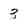
Character: 3